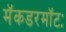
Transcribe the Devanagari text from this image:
मॅकडरमॉटः